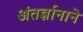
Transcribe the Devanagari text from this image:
अंतर्ज्ञानाने